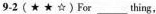
9-2(★ ★☆)For ___ thing,